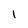
Character: 1